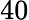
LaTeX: \mathrm{40}